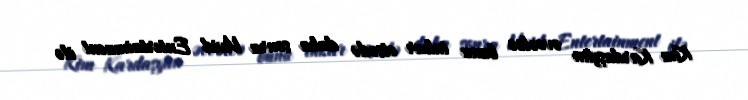
Kim Kardaşyan əvvəlcə bunu inkar etsədə daha sonra Vivid Entertainment ilə